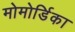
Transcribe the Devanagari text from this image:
मोमोर्डिका